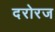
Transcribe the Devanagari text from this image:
दरोरज